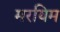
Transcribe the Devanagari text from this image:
मरयिम